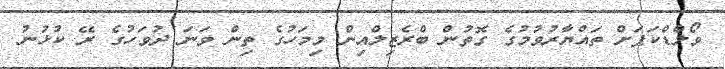
ވޯލްޑްކަޕަށް ތައްޔާރުވުމުގެ ގޮތުން ބްރެޒިލްއިން މިމަހުގެ ތިން ވަނަ ދުވަހުގެ ރޭ ކުޅުނު